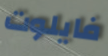
فايلوت